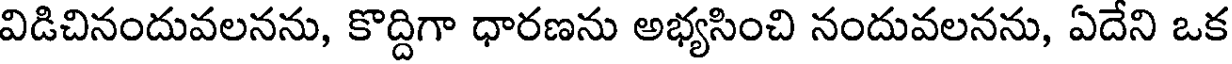
విడిచినందువలనను, కొద్దిగా ధారణను అభ్యసించి నందువలనను, ఏదేని ఒక